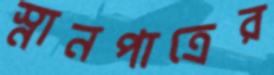
স্নানপাত্রের